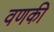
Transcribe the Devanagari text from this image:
वणकी